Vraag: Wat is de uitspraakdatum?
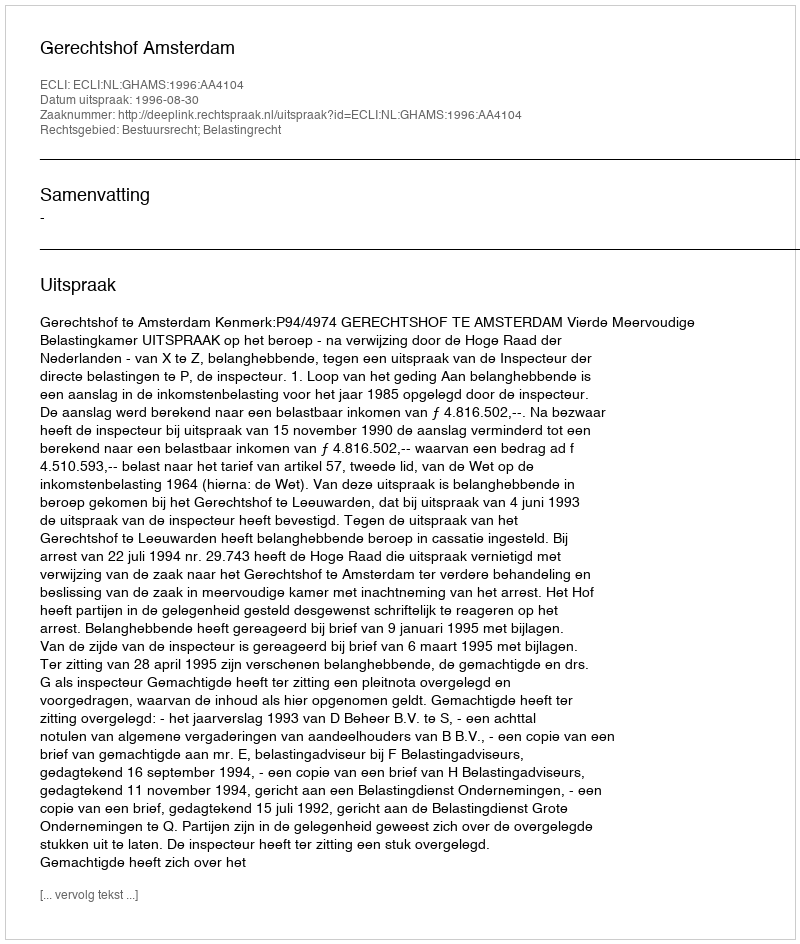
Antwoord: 1996-08-30